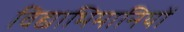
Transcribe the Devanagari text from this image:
विद्याभिमानियों